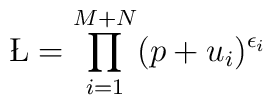
\L = \prod_{i=1}^{M+N} (p+u_i)^{\epsilon_i}